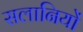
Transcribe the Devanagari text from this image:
सलानियों